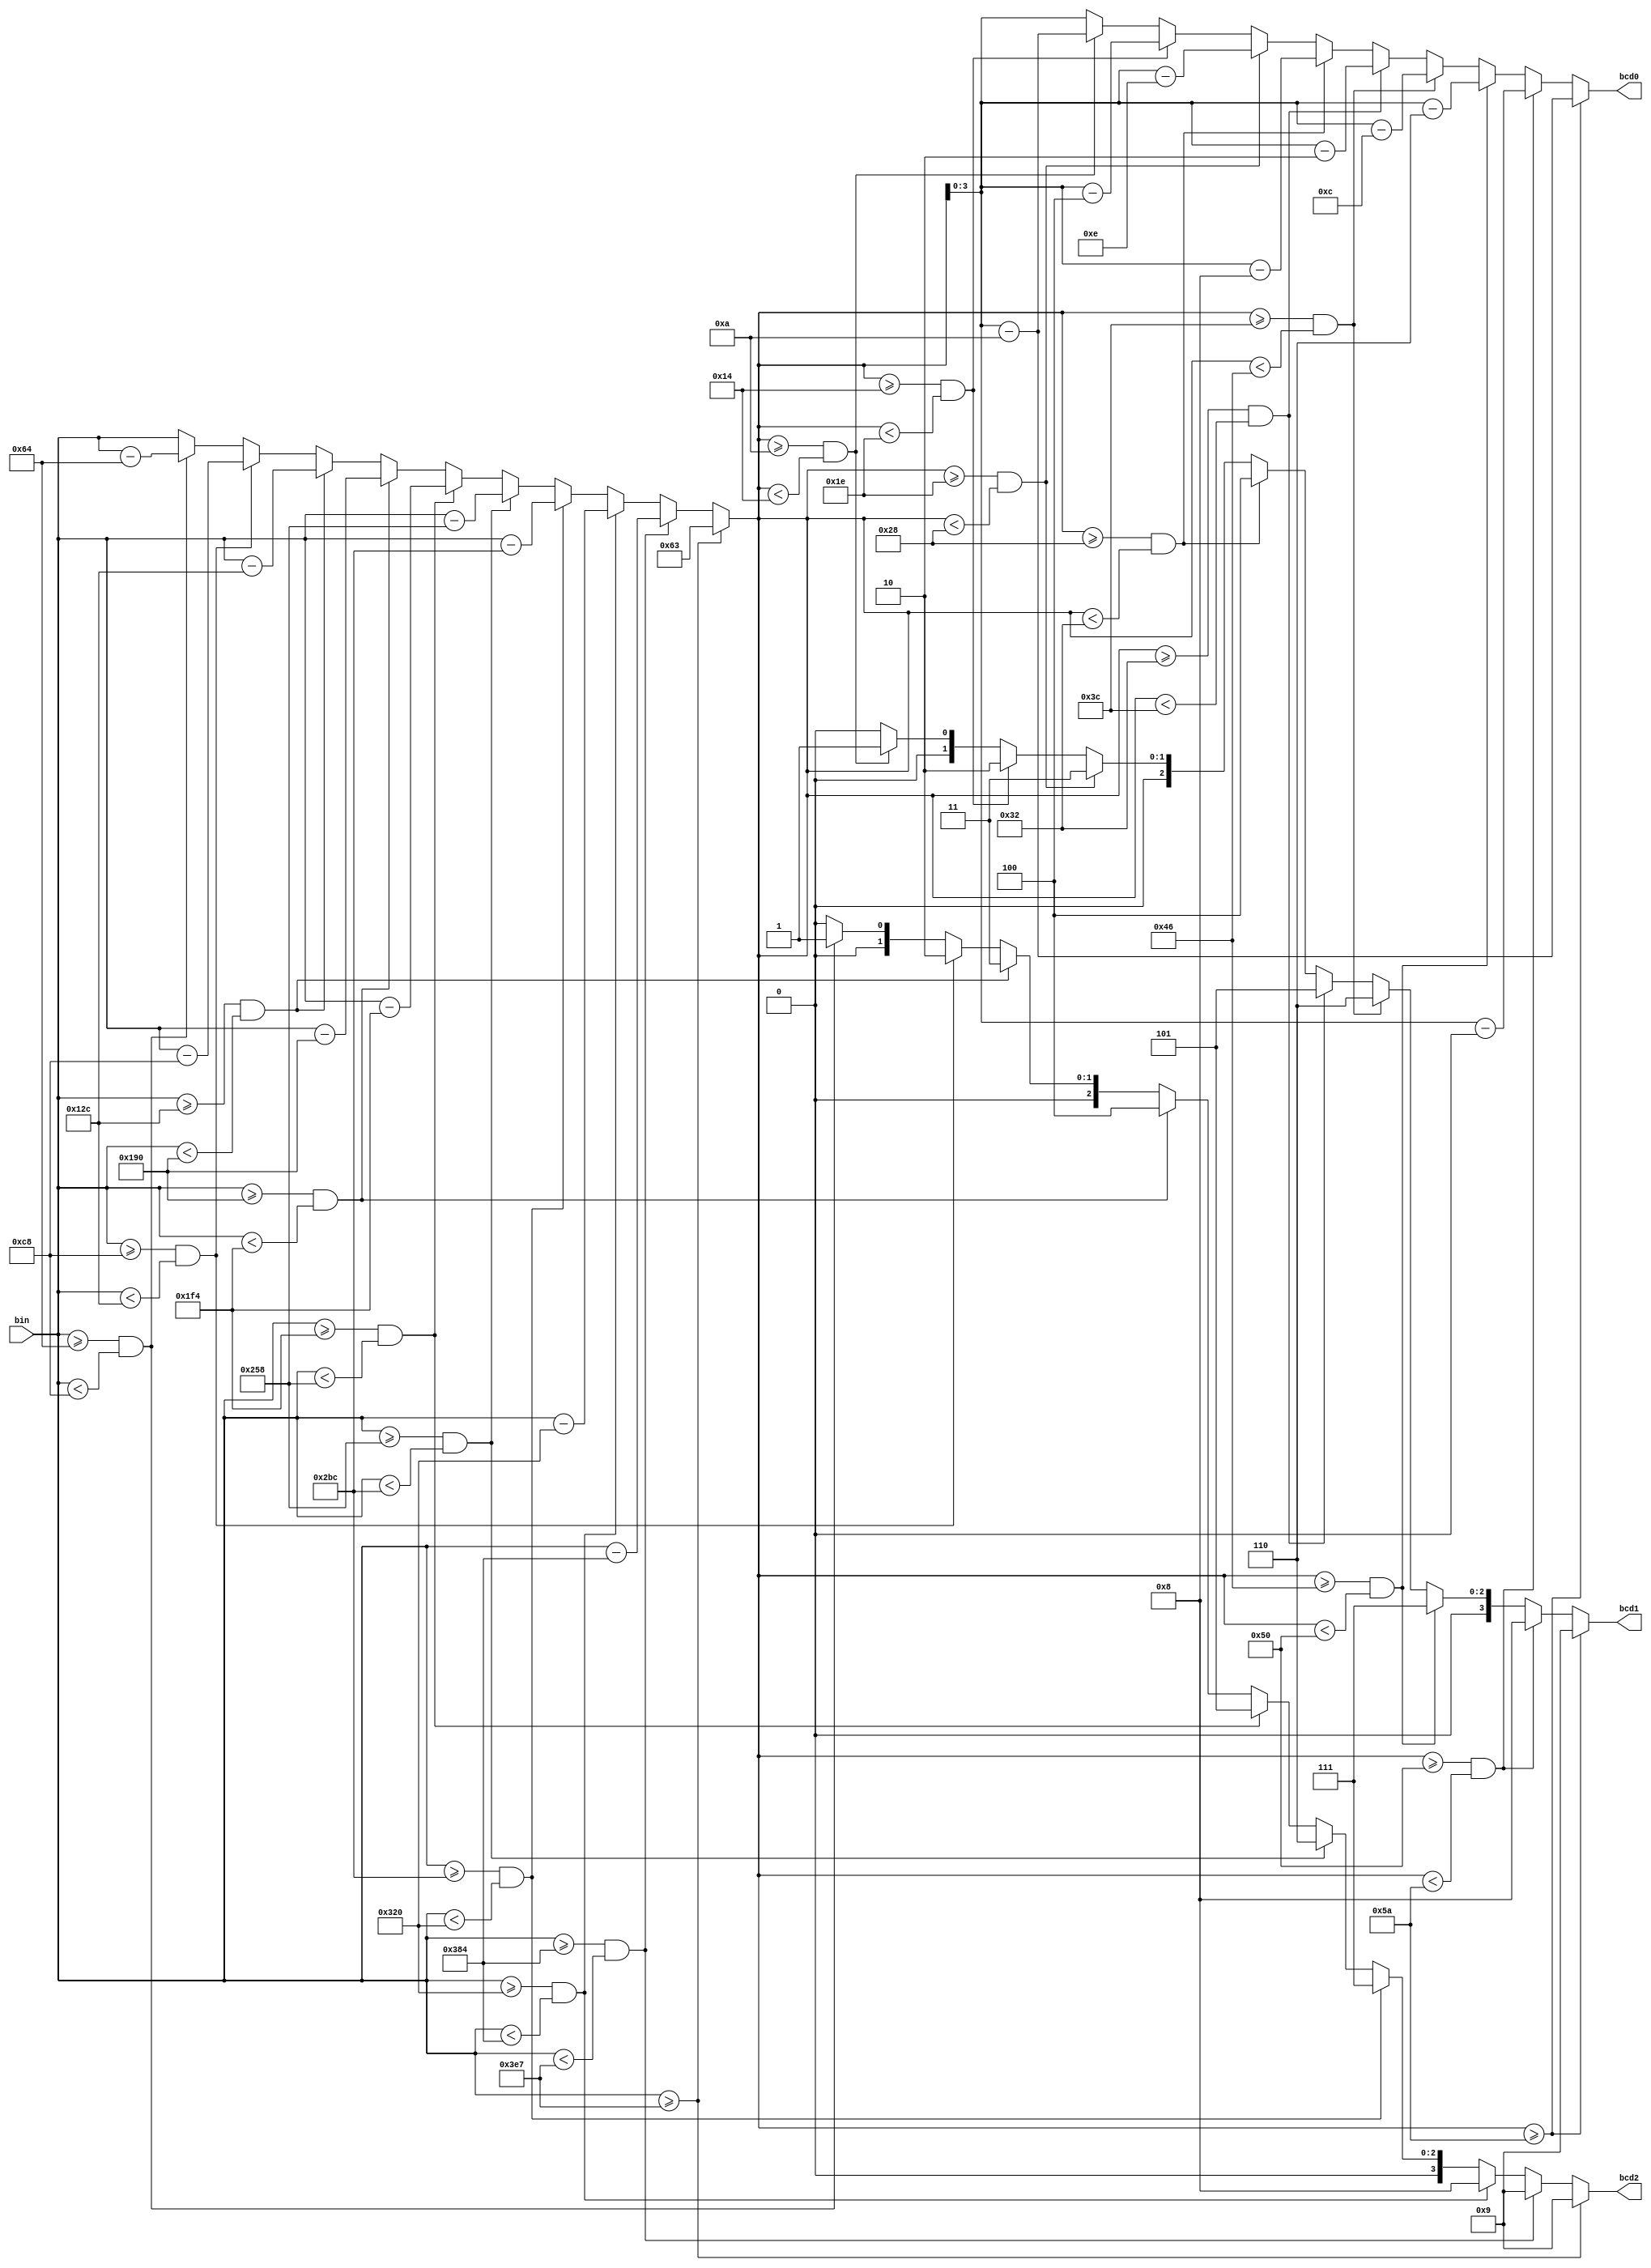
module bin2bcd
(
	input wire [9:0] bin,
	output wire [3:0] bcd2,bcd1,bcd0
);


reg [9:0] rem, ones;
reg [3:0] tens, honds;

always @ (*) begin


	if (bin >= 10'd0999)
		begin
		honds = 4'h9;
		rem = 10'd0099; 
		end
	else if (bin >= 10'd0900 && bin < 10'd0999)
	   begin
		honds = 4'h9;
		rem = bin - 10'd0900;
		end
	else if (bin >= 10'd0800 && bin < 10'd0900)
	   begin
		honds = 4'h8;
		rem = bin - 10'd0800;
		end
	else if (bin >= 10'd0700 && bin < 10'd0800)
	   begin
		honds = 4'h7;
		rem = bin - 10'd0700;
		end
	else if (bin >= 10'd0600 && bin < 10'd0700)
	   begin
		honds = 4'h6;
		rem = bin - 10'd0600;
		end
	else if (bin >= 10'd0500 && bin < 10'd0600)
	   begin
		honds = 4'h5;
		rem = bin - 10'd0500;
		end	
	else if (bin >= 10'd0400 && bin < 10'd0500)
	   begin
		honds = 4'h4;
		rem = bin - 10'd0400;
		end
	else if (bin >= 10'd0300 && bin < 10'd0400)
	   begin
		honds = 4'h3;
		rem = bin - 10'd0300;
		end
	else if (bin >= 10'd0200 && bin < 10'd0300)
	   begin
		honds = 4'h2;
		rem = bin - 10'd0200;
		end
	else if (bin >= 10'd0100 && bin < 10'd0200)
	   begin
		honds = 4'h1;
		rem = bin - 10'd0100;
		end
	else 
	   begin
		honds = 4'h0;
		rem = bin;
		end
		
	if (rem >= 10'd0090)
		begin
		tens = 4'h9;
		ones = rem - 10'd0090;
		end
	else if (rem >= 10'd0080 && rem < 10'd0090)
		begin
		tens = 4'h8;
		ones = rem - 10'd0080;
		end
	else if (rem >= 10'd0070 && rem < 10'd0080)
		begin
		tens = 4'h7;
		ones = rem - 10'd0070;
		end
	else if (rem >= 10'd0060 && rem < 10'd0070)
		begin
		tens = 4'h6;
		ones = rem - 10'd0060;
		end
	else if (rem >= 10'd0050 && rem < 10'd0060)
		begin
		tens = 4'h5;
		ones = rem - 10'd0050;
		end
	else if (rem >= 10'd0040 && rem < 10'd0050)
		begin
		tens = 4'h4;
		ones = rem - 10'd0040;
		end
	else if (rem >= 10'd0030 && rem < 10'd0040)
		begin
		tens = 4'h3;
		ones = rem - 10'd0030;
		end
	else if (rem >= 10'd0020 && rem < 10'd0030)
		begin
		tens = 4'h2;
		ones = rem - 10'd0020;
		end
	else if (rem >= 10'd0010 && rem < 10'd0020)
		begin
		tens = 4'h1;
		ones = rem - 10'd0010;
		end
	else 
		begin
		tens = 4'h0;
		ones = rem;
		end
end

assign bcd0 = ones [3:0];
assign bcd1 = tens;
assign bcd2 = honds;

endmodule